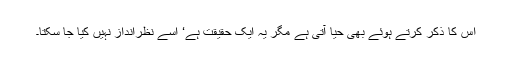
اس کا ذکر کرتے ہوئے بھی حیا آتی ہے مگر یہ ایک حقیقت ہے‘ اسے نظرانداز نہیں کیا جا سکتا۔